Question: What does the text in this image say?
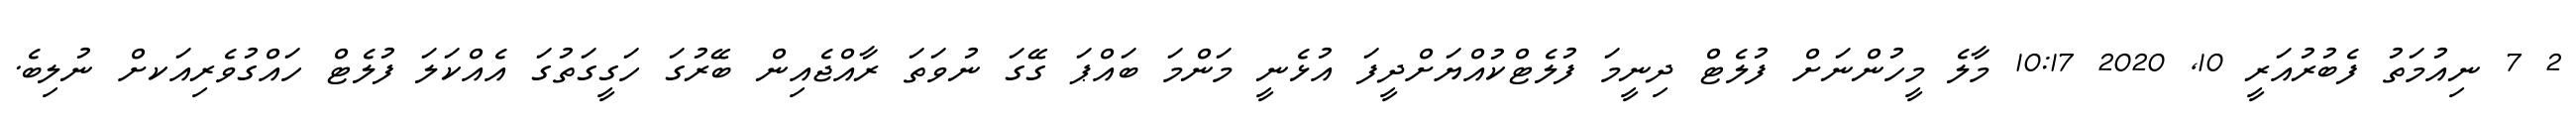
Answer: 2 7 ނިއުމަތު ފެބުރުއަރީ 10, 2020 10:17 މާލެ މީހުންނަށް ފުލެޓް ދިނީމަ ފުލެޓްކުއްޔަށްދީފަ އުޅެނީ މަންމަ ބައްޕަ ގޭގަ ނުވަތަ ރާއްޖެއިން ބޭރުގަ ހަގީގަތުގަ އެއްކަލަ ފުލެޓް ހައްގުވެރިއަކށް ނުލިބެ.